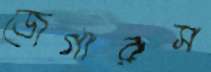
জেগারস